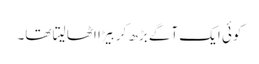
کوئی ایک آگے بڑھ کر بِیڑا اٹھا لیتا تھا۔